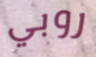
روبي